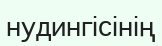
нудингісінің